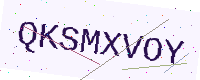
Text: QKSMXVOY